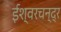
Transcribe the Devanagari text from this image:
ईश्वरचन्द्र